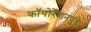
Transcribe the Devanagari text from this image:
कॉपोर्रेशनपुढे